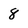
Character: 8